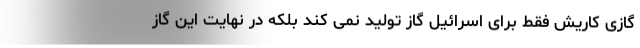
گازی کاریش فقط برای اسرائیل گاز تولید نمی کند بلکه در نهایت این گاز